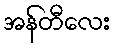
အန်တီလေး